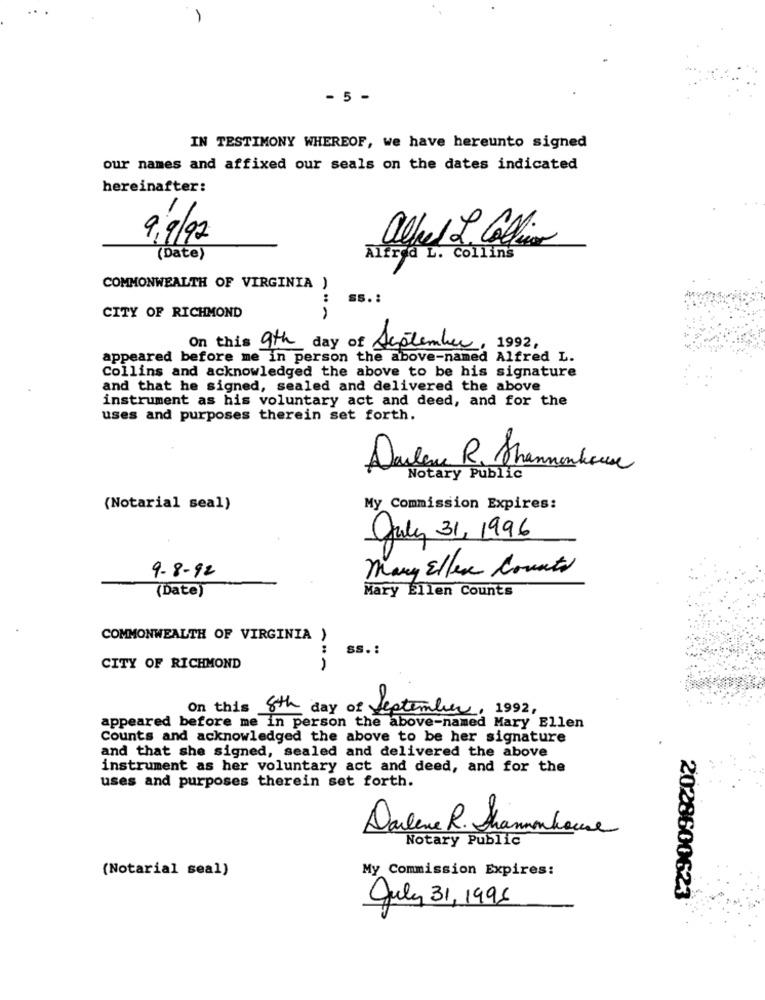
- 5 -
IN TESTIMONY WHEREOF, we have hereunto signed
our names and affixed our seals on the dates indicated
hereinafter:
9,9/92
alfred L. Callin
(Date)
Alfred L. Collins
COMMONWEALTH OF VIRGINIA )
:
SS. :
CITY OF RICHMOND
On this 9th day of September, 1992,
appeared before me in person the above-named Alfred L.
Collins and acknowledged the above to be his signature
and that he signed, sealed and delivered the above
instrument as his voluntary act and deed, and for the
uses and purposes therein set forth.
Darlene R. Shannonhour
Notary Public
(Notarial seal)
My Commission Expires:
July 31, 1996
Mary Ellen Counts
9-8-92
(Date)
Mary Ellen Counts
COMMONWEALTH OF VIRGINIA )
ss .:
CITY OF RICHMOND
On this 8th day of September, 1992,
appeared before me in person the above-named Mary Ellen
Counts and acknowledged the above to be her signature
and that she signed, sealed and delivered the above
instrument as her voluntary act and deed, and for the
uses and purposes therein set forth.
Darlene R. Shamnhouse
Notary Public
(Notarial seal)
My Commission Expires:
2028600623
July 31, 1998